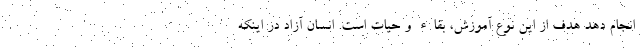
انجام دهد هدف از این نوع آموزش، بقاء و حیات است. انسان آزاد در اینکه